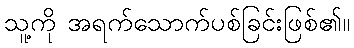
သူ့ကို အရက်သောက်ပစ်ခြင်းဖြစ်၏။